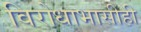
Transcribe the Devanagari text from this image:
विरोधाभासीही